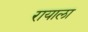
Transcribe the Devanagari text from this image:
रायाला